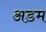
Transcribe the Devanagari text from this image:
अडम